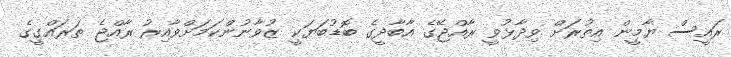
ރައީސް ޔާމީން އިތުރަށް ވިދާޅުވީ ރާއްޖޭގެ އާބާދީގެ ބޮޑުބަޔަކީ ޒުވާނުންކަމަށްވާއިރު ރާއްޖެ ތަރައްގީގެ